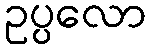
ဥပ္ပလော